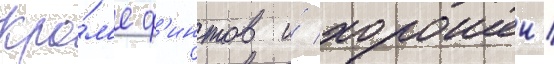
Кро́м'е ф'интов и́ хорошеи